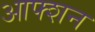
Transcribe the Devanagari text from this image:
आफ्शन